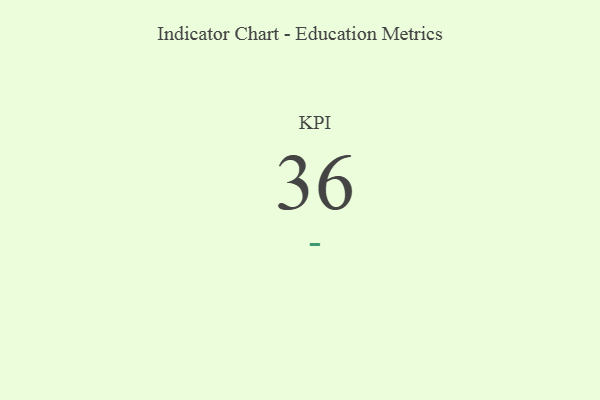
{"axis": {"x": "KPI", "y": "Value"}, "legend": [""], "data": [{"x": "KPI", "y": 36, "type": ""}]}